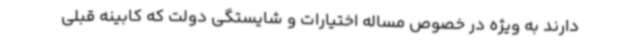
دارند به ویژه در خصوص مساله اختیارات و شایستگی دولت که کابینه قبلی